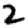
Digit: 2